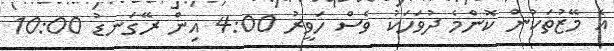
އެ މޭޒުތަކުން ކޮންމެ ދުވަހަކު ވެސް ހަވީރު 4:00 އިން ރޭގަނޑު 10:00